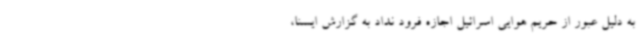
به دلیل عبور از حریم هوایی اسرائیل اجازه فرود نداد به گزارش ایسنا،